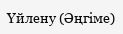
Үйлену (Әңгіме)